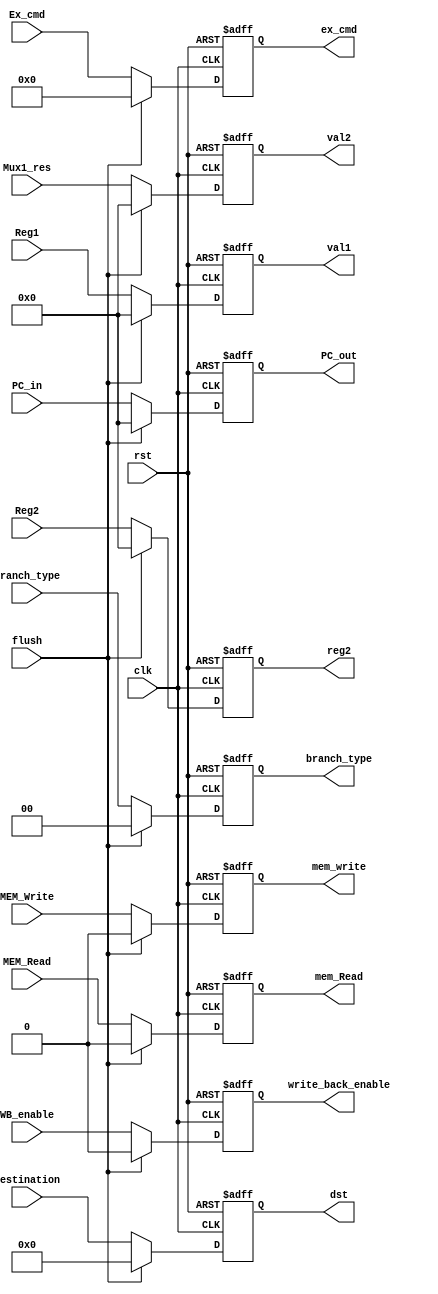
module ID_Stage_reg
  (
    input clk,
    input rst,
    input[31:0] PC_in,
    input WB_enable,
    input [3:0] Ex_cmd,
    input [1:0] Branch_type,
    input MEM_Write,MEM_Read,
    input [31:0] Reg1,Reg2,
    input [31:0] Mux1_res,
    input [4:0] Destination,
    input flush,

    output reg[31:0] PC_out,
    output reg write_back_enable,
    output reg [3:0] ex_cmd,
    output reg [1:0] branch_type,
    output reg mem_write,mem_Read,
    output reg [31:0] val1,reg2,
    output reg [31:0] val2,
    output reg [4:0] dst
  );


  always @(posedge clk, posedge rst)
    begin
      if(rst)
        begin
          PC_out <= 32'b0;
          write_back_enable <= 1'b0;
          ex_cmd <= 4'b0;
          branch_type <= 2'b0;
          mem_write <= 1'b0;
          mem_Read <= 1'b0;
          val1 <= 32'b0;
          val2 <= 32'b0;
          reg2 <= 32'b0;
          dst  <= 5'b0;
      end
		else if(flush)begin 
			 PC_out <= 32'b0;
          write_back_enable <= 1'b0;
          ex_cmd <= 4'b0;
          branch_type <= 2'b0;
          mem_write <= 1'b0;
          mem_Read <= 1'b0;
          val1 <= 32'b0;
          val2 <= 32'b0;
          reg2 <= 32'b0;
          dst  <= 5'b0;
			end
      else
        begin
          write_back_enable <= WB_enable;
          ex_cmd <= Ex_cmd;
          branch_type <= Branch_type;
          mem_write <= MEM_Write;
          mem_Read <= MEM_Read;
          val1 <= Reg1;
          val2 <= Mux1_res;
          reg2 <= Reg2;
          dst  <= Destination;
          PC_out <= PC_in;
        end
    end

endmodule